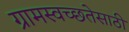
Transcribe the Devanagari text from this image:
ग्रामस्वच्छतेसाठी